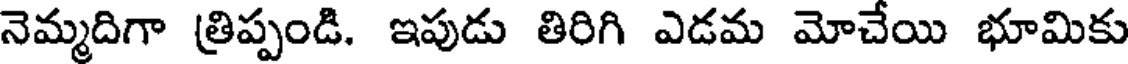
నెమ్మదిగా త్రిప్పండి. ఇపుడు తిరిగి ఎడమ మోచేయి భూమికు